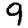
Digit: 9